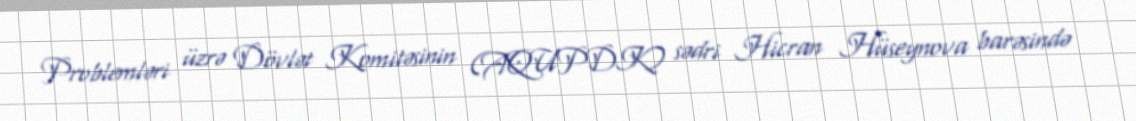
Problemləri üzrə Dövlət Komitəsinin (AQUPDK) sədri Hicran Hüseynova barəsində